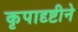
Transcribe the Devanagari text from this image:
कृपादृष्टीने